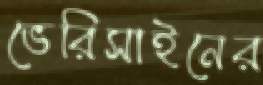
ভেরিসাইনের